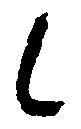
候